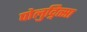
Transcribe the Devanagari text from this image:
पोलुद्नित्सा